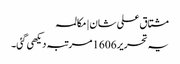
مشتاق علی شان | مکالمہ
یہ تحریر 1606 مرتبہ دیکھی گئی۔